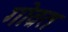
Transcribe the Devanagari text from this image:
गोव्रत